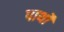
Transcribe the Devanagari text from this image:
पार्थो